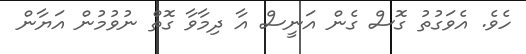
ހެވެ. އެވަގުތު ގޮސް ގެން އަނީސް އާ ދިމާވާ ގޮތް ނުވުމުން އަޔާން